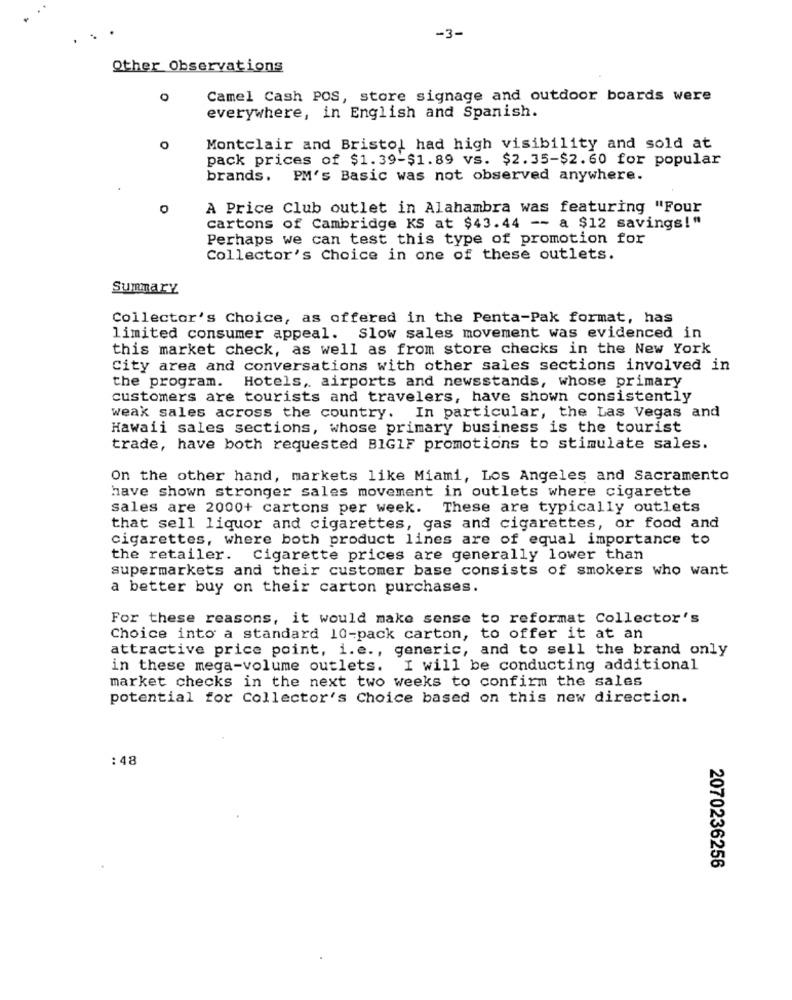
-3-
Other Observations
Camel Cash POS, store signage and outdoor boards were
everywhere, in English and Spanish.
O
Montclair and Bristol had high visibility and sold at
pack prices of $1.39-$1.89 vs. $2.35-$2.60 for popular
brands.
PM's Basic was not observed anywhere.
A Price Club outlet in Alahambra was featuring "Four
cartons of Cambridge KS at $43.44 -- a $12 savings!"
Perhaps we can test this type of promotion for
Collector's Choice in one of these outlets.
Summary
Collector's Choice, as offered in the Penta-Pak format, has
limited consumer appeal. Slow sales movement was evidenced in
this market check, as well as from store checks in the New York
City area and conversations with other sales sections involved in
the program.
Hotels, airports and newsstands, whose primary
customers are tourists and travelers, have shown consistently
weak sales across the country. In particular, the Las Vegas and
Hawaii sales sections, whose primary business is the tourist
trade, have both requested BIGIF promotions to stimulate sales.
On the other hand, markets like Miami, Los Angeles and Sacramento
have shown stronger sales movement in outlets where cigarette
sales are 2000+ cartons per week. These are typically outlets
that sell liquor and cigarettes, gas and cigarettes, or food and
cigarettes, where both product lines are of equal importance to
the retailer. Cigarette prices are generally lower than
supermarkets and their customer base consists of smokers who want
a better buy on their carton purchases.
For these reasons, it would make sense to reformat Collector's
Choice into a standard 10-pack carton, to offer it at an
attractive price point, i.e ., generic, and to sell the brand only
in these mega-volume outlets. I will be conducting additional
market checks in the next two weeks to confirm the sales
potential for Collector's Choice based on this new direction.
: 48
2070236256